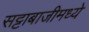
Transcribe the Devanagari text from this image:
सट्टाबाजीमध्ये